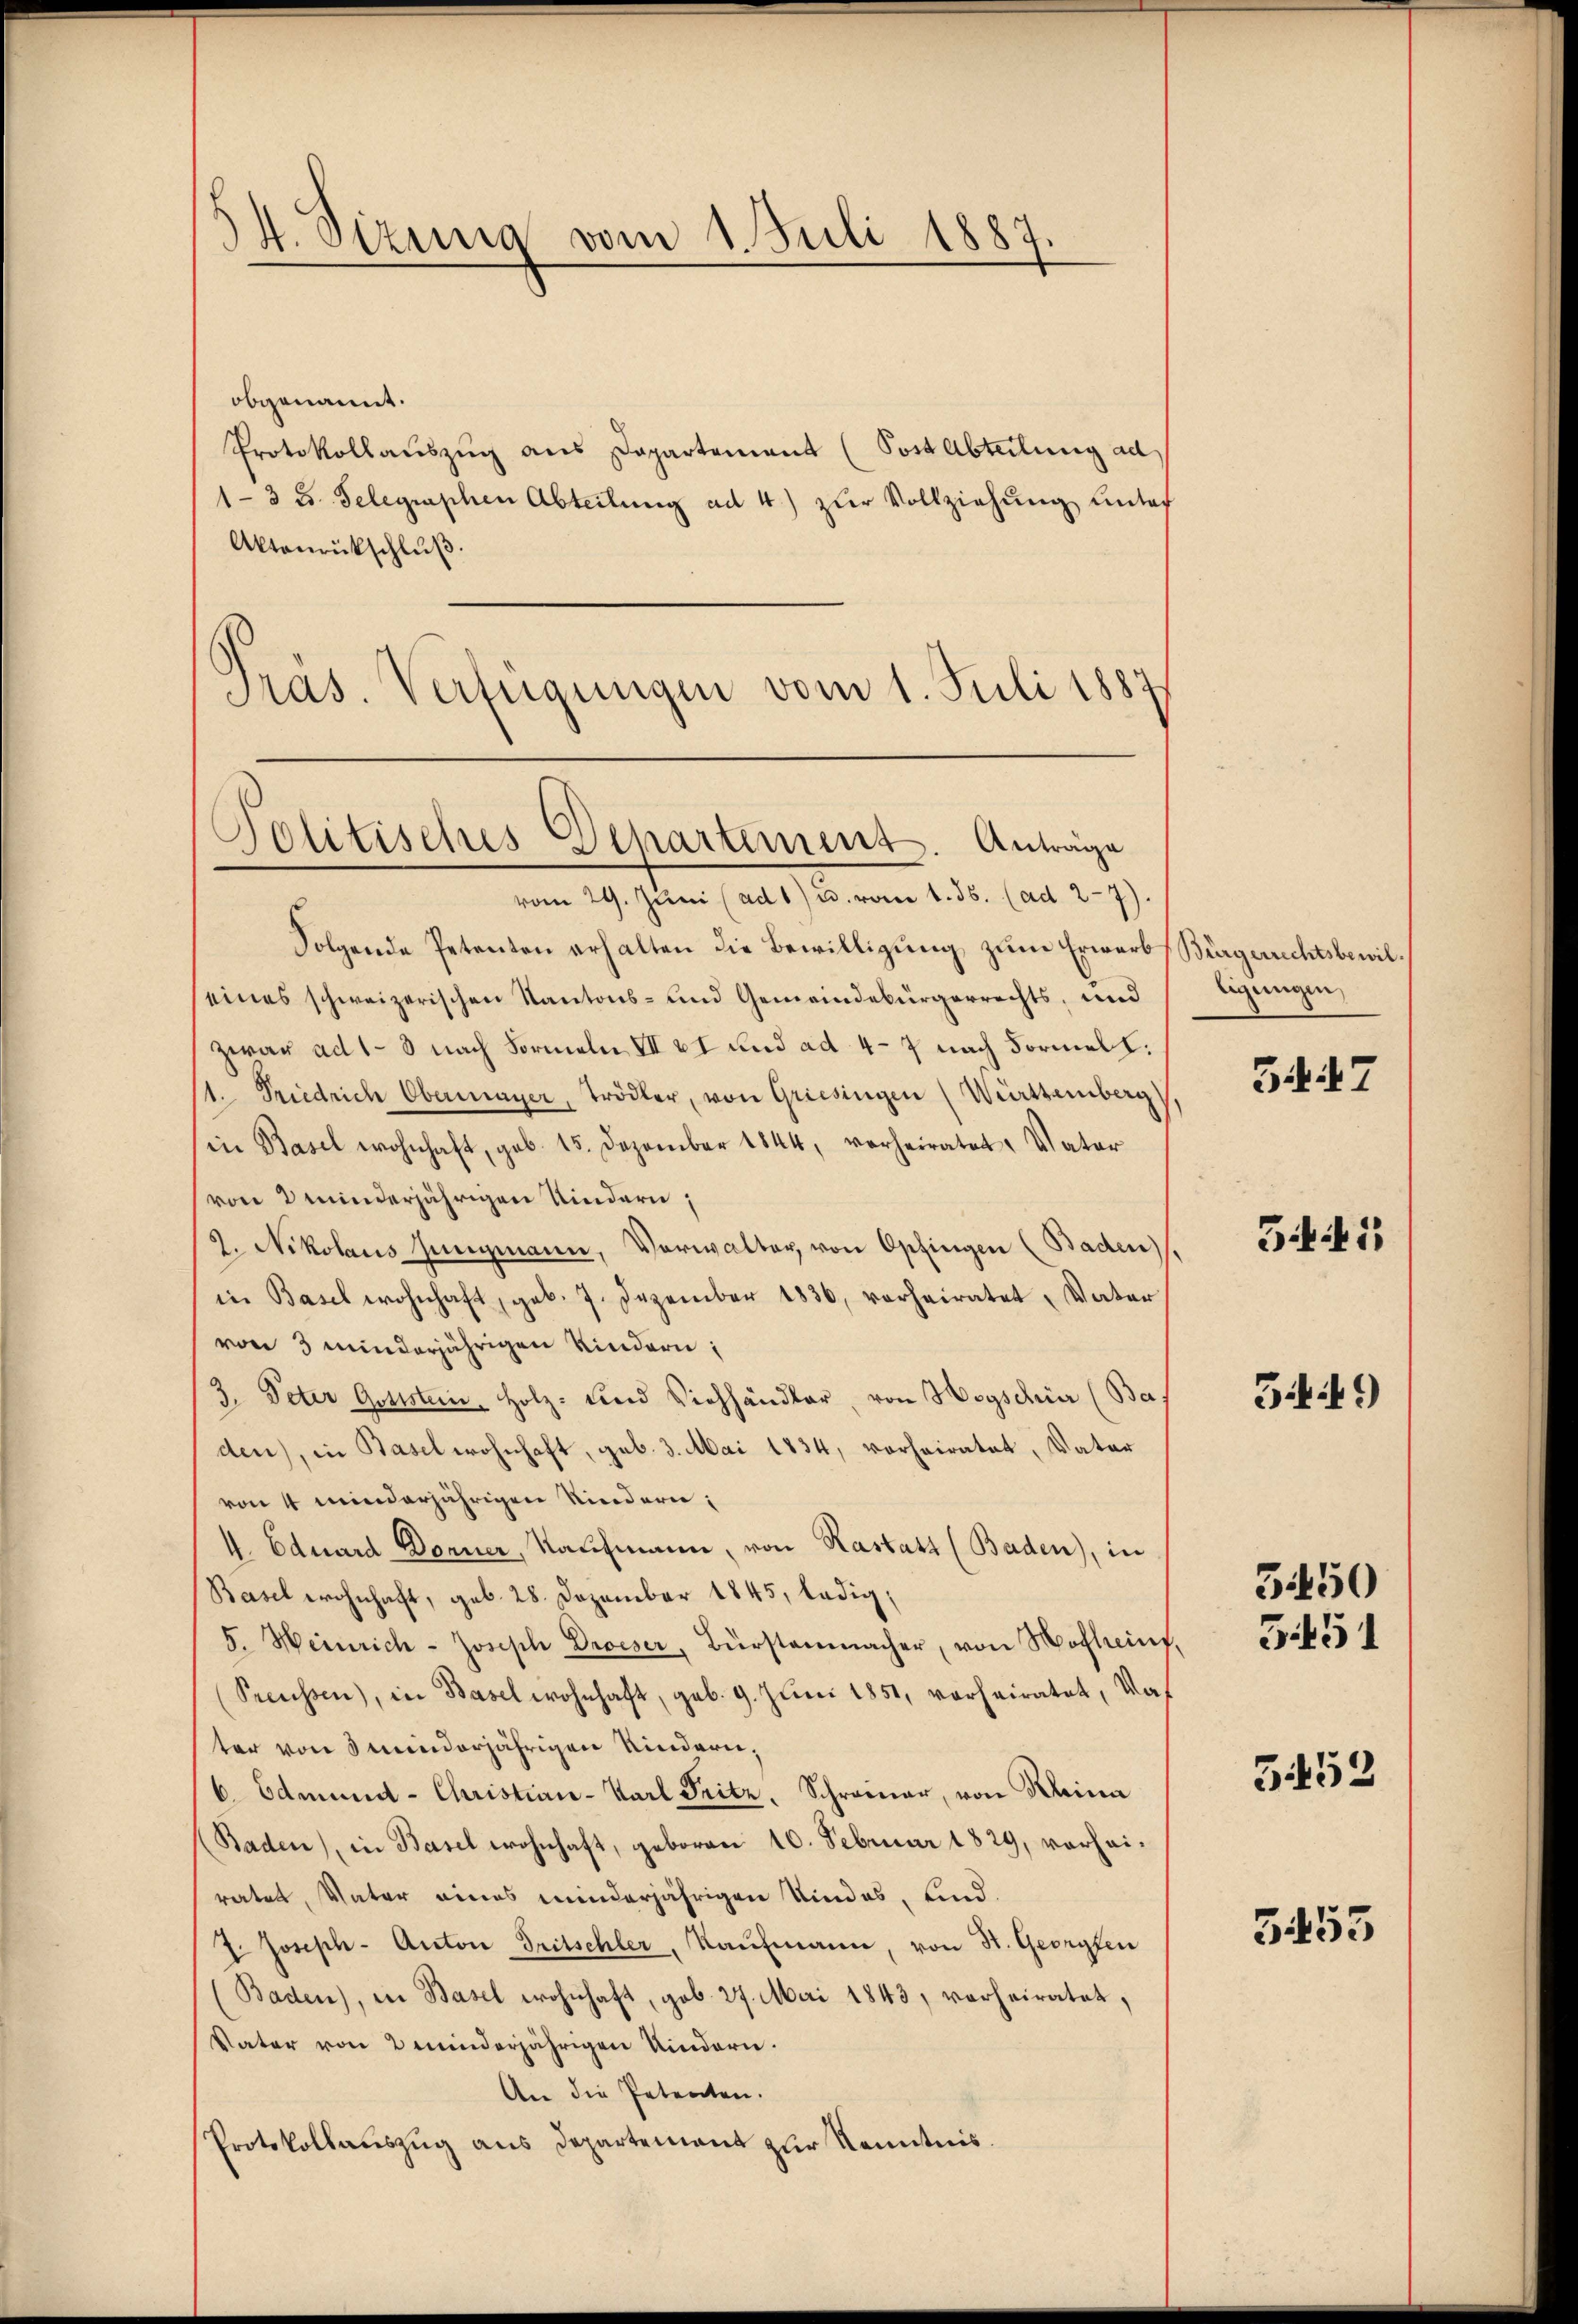
34. Sizung vom 1. Juli 1887.

obgenannt.
Protokollaŭszŭg ans Departement (Post Abteilung ad
1-3 3. Telegraphen Abteilung ad 4) zŭr Vollziehŭng unter
Aktenrückschlŭβ
Pras. Verfügungen vom 1. Juli 1887.
Folgende Petenten erhalten die Bewilligung zum Erwarb
eines schweizerischen Kantons- und Gemeindebürgerrechts, und
zwar ad 1-3 nach Formeln VII & I und ad 4-7 nach Formell:
1. Friedrich Obermayer, Trödler, von Griesingen (Württemberg
in Basel wohnhaft, geb. 15. Dezember 1844, verheiratet, Vater
von 2 minderjährigen Kindern,
2. Nikolaus Jungmann, Vorwalter von Opfingen (Baden,
in Basel wohnhaft, geb. 7. Dezember 1836, vorheiratet, Vater
von 3 minderjährigen Kindern:
3. Peter Gottstein Holz- und Viehhändler, von Heyschier (Ba
den), in Basel wohnhaft, geb. 3. Mai 1834, vorheiratet, Vater
von 4 minderjährigen Kindern;
4. Eduard Dorner, Kaufmann, von Kastatt (Baden), in
Basel wohnhaft, geb. 28. Dezember 1845, ledig,
5. Heinrich-Joseph Droeser, Bürstenmacher, von Hoflein,
Preussen), in Basel wohnhaft, geb. 9. Juni 1851, verheiratet, Vater von minderjährigen Kindern,
6. Edmund- Christian-Karl Fritz, Schreiner, von Darina
Baden), in Basel wohnhaft, geboren 10. Februar 1829, vorheiratet, Vater eines minderjährigen Kindes, und
7. Joseph- Anton Tritschler, Kaufmann, von St. Georyfen
(Baden), in Basel wohnhaft, geb. 27. Mai 1843, verheiratet,
Vater von 2 minderjährigen Kindern.
An die Petenten.
Protokollauszug aus Departement zur Kenntnis.

Politisches Departement. Anträge
vom 29. Jŭni (ad 1) u. vom 1. 55. (ad 27).

Bürgerrechtsbewil
ligungen,

G 7

G1

349)

3450
3451

5452

3455